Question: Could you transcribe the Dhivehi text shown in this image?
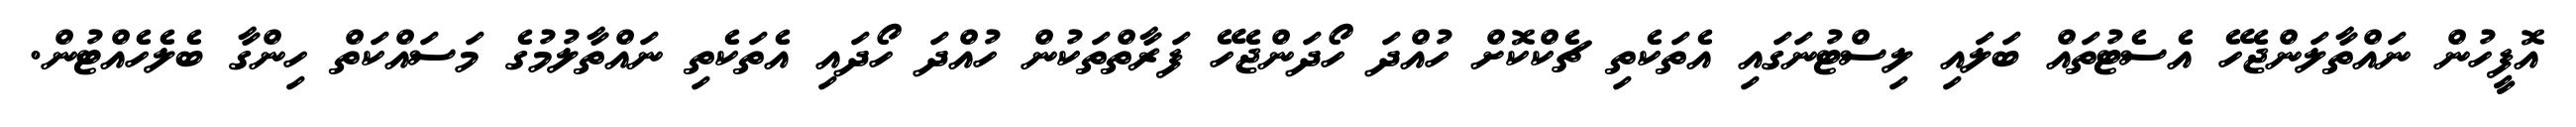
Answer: އޮފީހުން ނައްތާލަންޖެހޭ އެސެޓުތައް ބަލައި ލިސްޓުނަގައި އެތަކެތި ޗެކްކޮށް ހުއްދަ ހޯދަންޖެހޭ ފަރާތްތަކުން ހުއްދަ ހޯދައި އެތަކެތި ނައްތާލުމުގެ މަސައްކަތް ހިންގާ ބެލެހެއްޓުން.